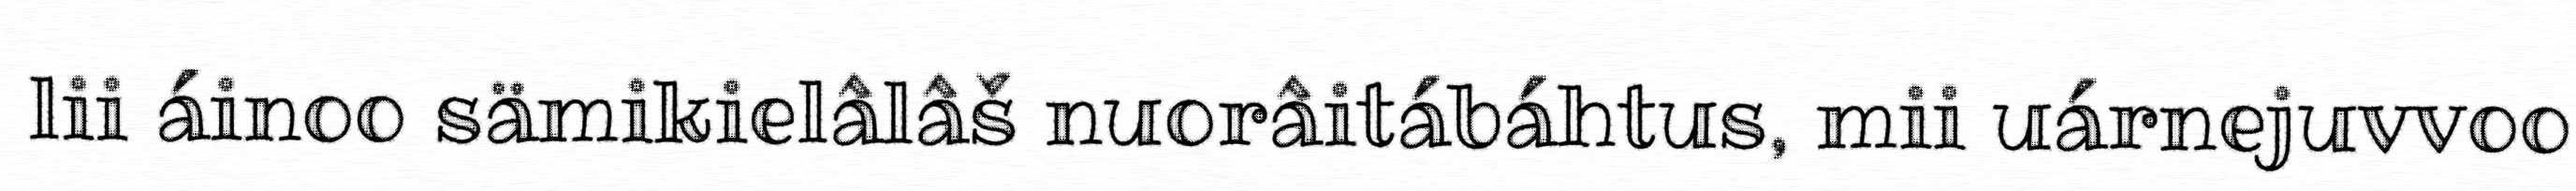
lii áinoo sämikielâlâš nuorâitábáhtus, mii uárnejuvvoo